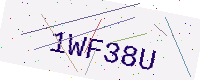
Text: 1WF38U